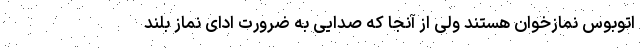
اتوبوس نماز‌خوان هستند ولی از آنجا که صدایی به ضرورت ادای نماز بلند